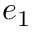
e _ { 1 }